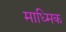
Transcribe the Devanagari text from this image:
माध्मिक